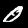
Label: 0